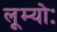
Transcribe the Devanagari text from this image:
लूम्योः